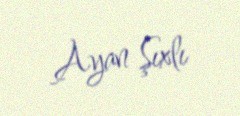
Ayan Şıxlı